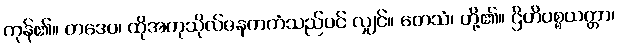
ကုန်၏။ တဒေဝ၊ ထိုအကုသိုလ်ဇနကကံသည်ပင် လျှင်။ တေသံ၊ တို့၏။ ဌိတိပစ္စယတ္တာ၊